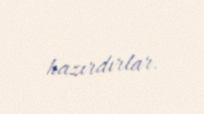
hazırdırlar.